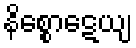
နိစ္စောဋေယျ